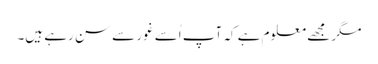
مگر مجھے معلوم ہے کہ آپ اُسے غور سے سن رہے ہیں۔